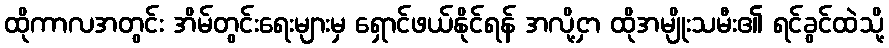
ထိုကာလအတွင်း အိမ်တွင်းရေးများမှ ရှောင်ဖယ်နိုင်ရန် အလို့ငှာ ထိုအမျိုးသမီး၏ ရင်ခွင်ထဲသို့